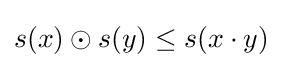
s(x)\odot s(y)\leq s(x\cdot y)